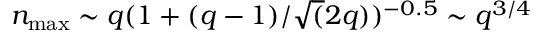
n _ { \mathrm { m a x } } \sim q ( 1 + ( q - 1 ) / \sqrt ( 2 q ) ) ^ { - 0 . 5 } \sim q ^ { 3 / 4 }